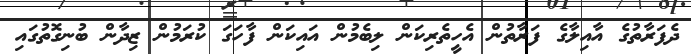
ދެފަރާތުގެ އާއިލާގެ ފަރާތުން އެހީތެރިކަން ލިބެމުން އައިކަން ފާހަގަ ކުރަމުން ޒިދާން ބުނިގޮތުގައި